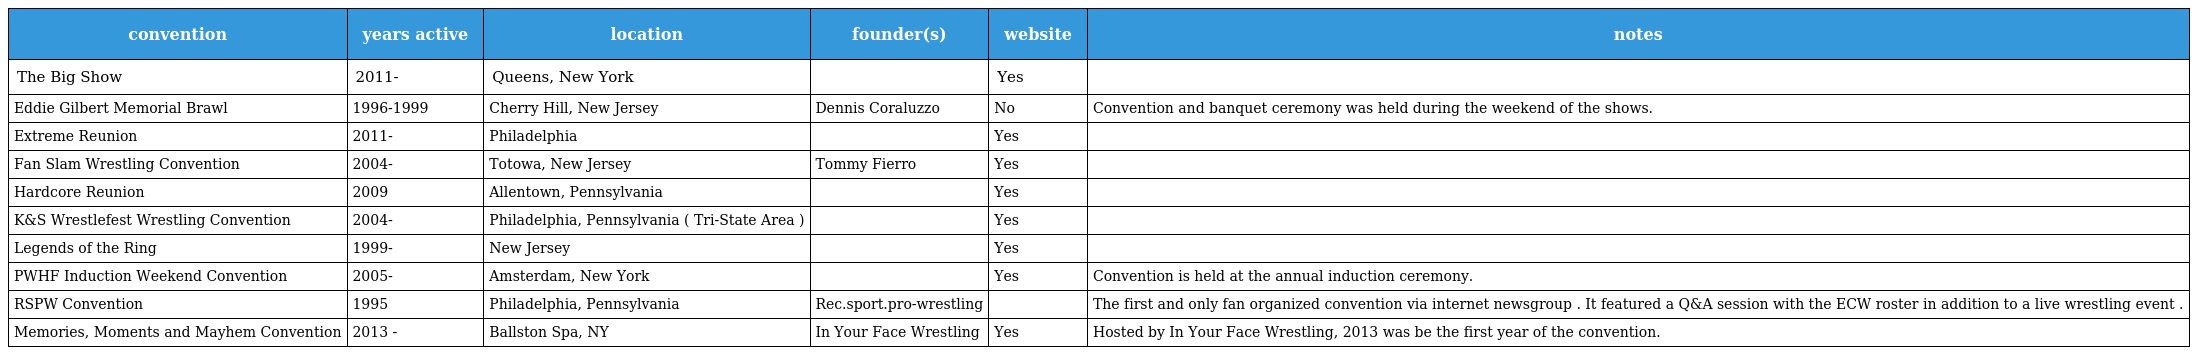
| convention | years active | location | founder(s) | website | notes |
 | --- | --- | --- | --- | --- | --- |
 | The Big Show | 2011- | Queens, New York |  | Yes |  |
 | Eddie Gilbert Memorial Brawl | 1996-1999 | Cherry Hill, New Jersey | Dennis Coraluzzo | No | Convention and banquet ceremony was held during the weekend of the shows. |
 | Extreme Reunion | 2011- | Philadelphia |  | Yes |  |
 | Fan Slam Wrestling Convention | 2004- | Totowa, New Jersey | Tommy Fierro | Yes |  |
 | Hardcore Reunion | 2009 | Allentown, Pennsylvania |  | Yes |  |
 | K&S Wrestlefest Wrestling Convention | 2004- | Philadelphia, Pennsylvania ( Tri-State Area ) |  | Yes |  |
 | Legends of the Ring | 1999- | New Jersey |  | Yes |  |
 | PWHF Induction Weekend Convention | 2005- | Amsterdam, New York |  | Yes | Convention is held at the annual induction ceremony. |
 | RSPW Convention | 1995 | Philadelphia, Pennsylvania | Rec.sport.pro-wrestling |  | The first and only fan organized convention via internet newsgroup . It featured a Q&A session with the ECW roster in addition to a live wrestling event . |
 | Memories, Moments and Mayhem Convention | 2013 - | Ballston Spa, NY | In Your Face Wrestling | Yes | Hosted by In Your Face Wrestling, 2013 was be the first year of the convention. |